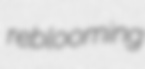
reblooming